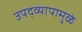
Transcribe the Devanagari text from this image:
उपद्‌व्यापामुळे